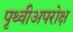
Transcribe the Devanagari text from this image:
पृथ्वीअपरोक्ष